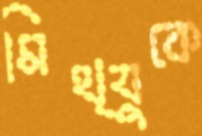
মিথ্যুকে